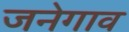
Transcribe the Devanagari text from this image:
जनेगाव